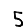
Digit: 5